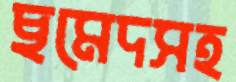
ছমেদসহ